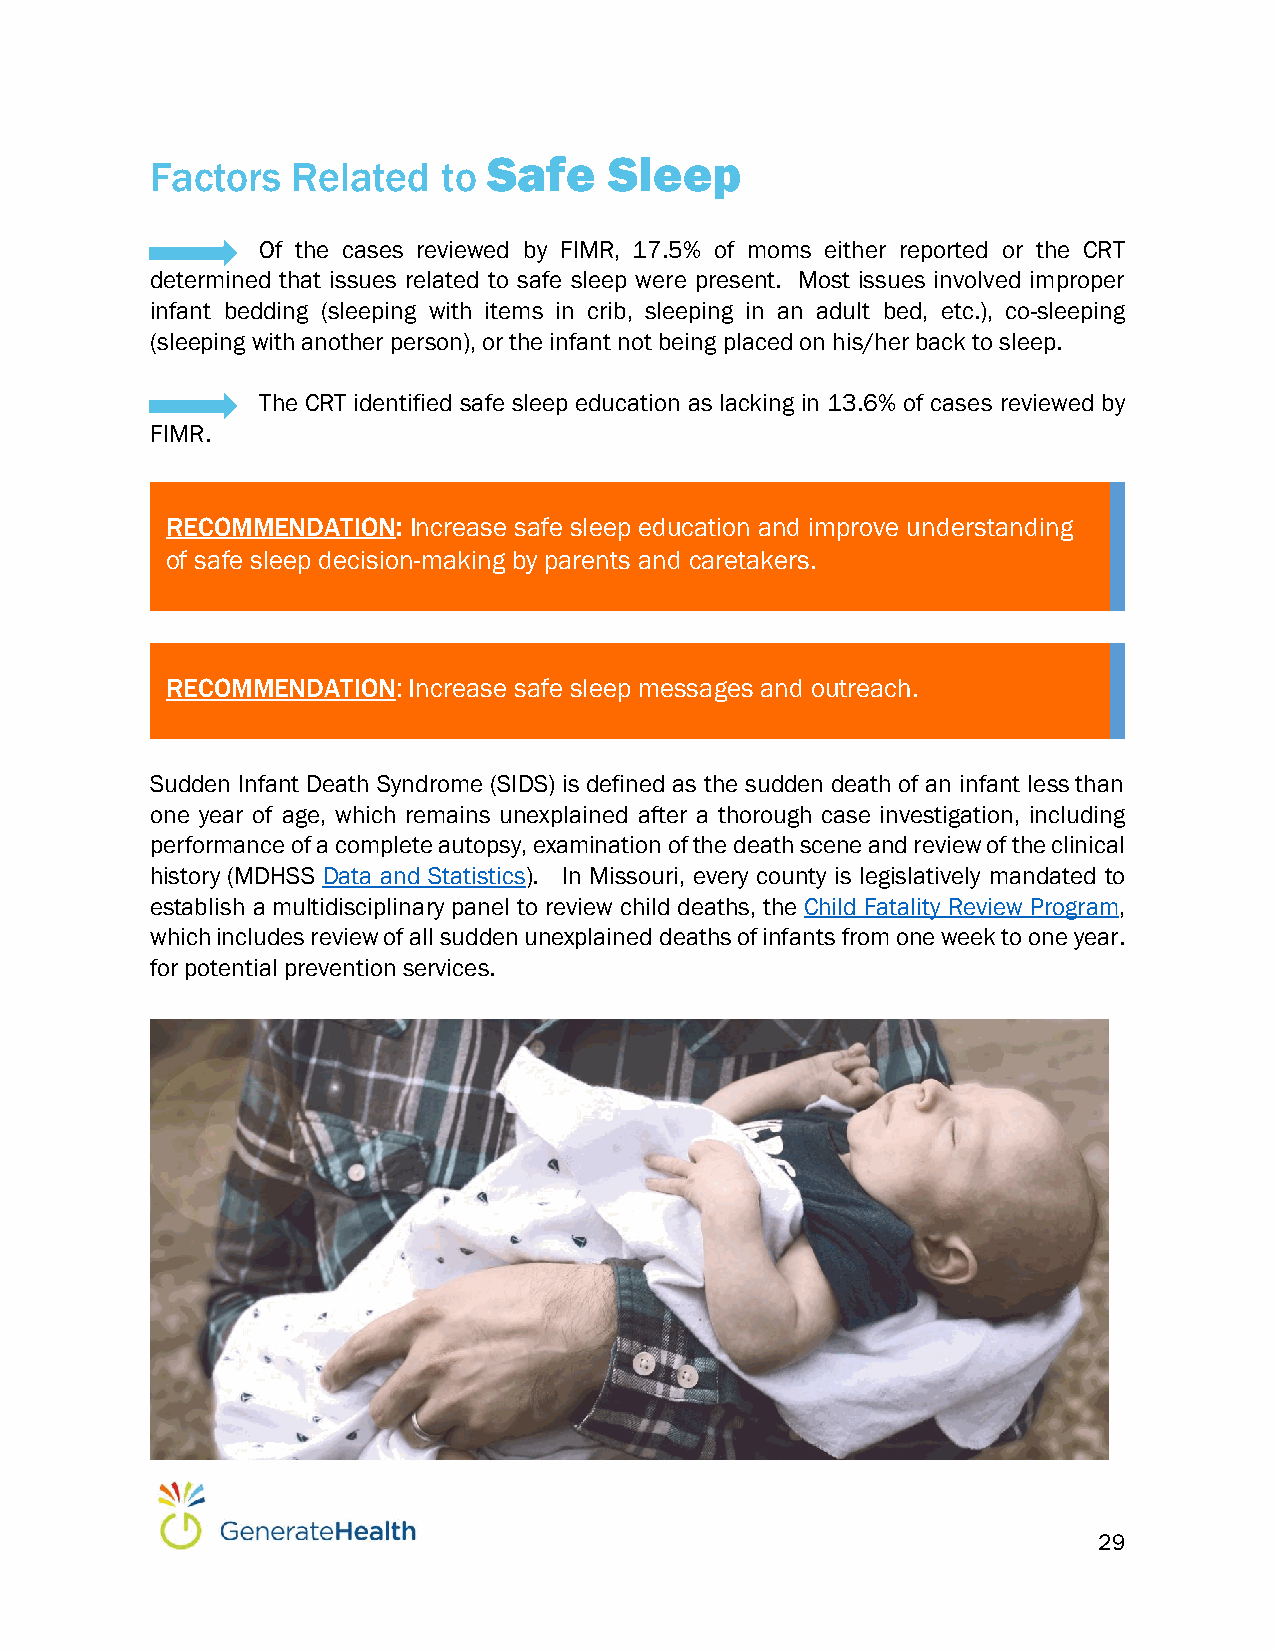
Safe    Sleep
 Factors  Related   to
 Of the cases reviewed by FIMR, 17.5% of moms either reported or the CRT
 determined that issues related to safe sleep were present. Most issues involved improper
 infant bedding (sleeping with items in crib, sleeping in an adult bed, etc.), co-sleeping
 (sleeping with another person), or the infant not being placed on his/her back to sleep.
 The CRT identified safe sleep education as lacking in 13.6% of cases reviewed by
 FIMR.
 RECOMMENDATION: Increase safe sleep education and improve understanding
 of safe sleep decision-making by parents and caretakers.
 RECOMMENDATION: Increase safe sleep messages and outreach.
 Sudden Infant Death Syndrome (SIDS) is defined as the sudden death of an infant less than
 one year of age, which remains unexplained after a thorough case investigation, including
 performance of a complete autopsy, examination of the death scene and review of the clinical
 history (MDHSS Data and Statistics). In Missouri, every county is legislatively mandated to
 establish a multidisciplinary panel to review child deaths, the Child Fatality Review Program,
 which includes review of all sudden unexplained deaths of infants from one week to one year.
 for potential prevention services.
 29